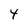
Character: 4